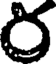
ర